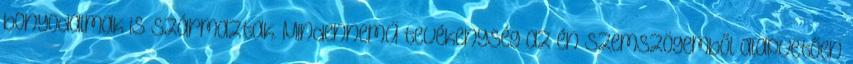
bonyodalmak is származtak. Mindennemű tevékenység az én szemszögemből alapvetően